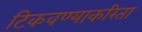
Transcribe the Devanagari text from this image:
टिकवण्याकरिता